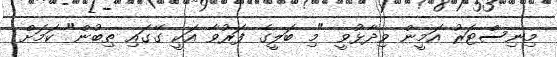
މިނިސްޓަރު އަމީން ވިދާޅުވީ "މި ބަލީގެ ފަރުވާ އަކީ ގޭގައި ތިބުން" ކަމަށް